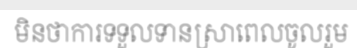
មិនថាការទទួលទានស្រាពេលចូលរួម